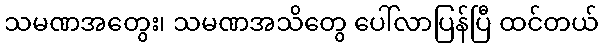
သမဏအတွေး၊ သမဏအသိတွေ ပေါ်လာပြန်ပြီ ထင်တယ်